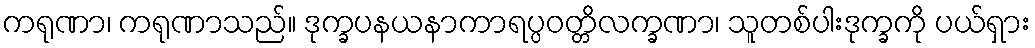
ကရုဏာ၊ ကရုဏာသည်။ ဒုက္ခပနယနာကာရပ္ပဝတ္တိလက္ခဏာ၊ သူတစ်ပါးဒုက္ခကို ပယ်ရှား